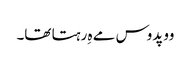
وو پدوس مے ہِ رہتا تھا۔